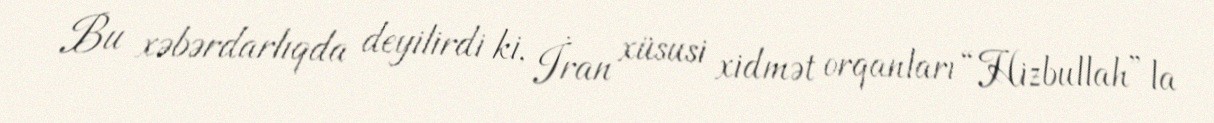
Bu xəbərdarlıqda deyilirdi ki, İran xüsusi xidmət orqanları “Hizbullah”la